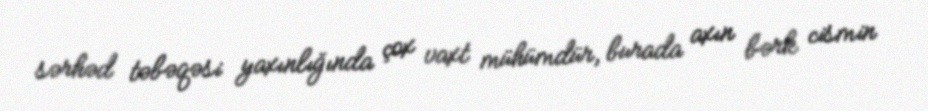
sərhəd təbəqəsi yaxınlığında çox vaxt mühümdür, burada axın bərk cismin